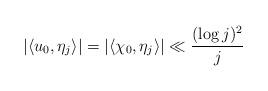
LaTeX: \begin{align*} |\langle u_0, \eta_j \rangle|=|\langle \chi_0, \eta_j \rangle| \ll \frac{(\log j)^2}{j} \end{align*}